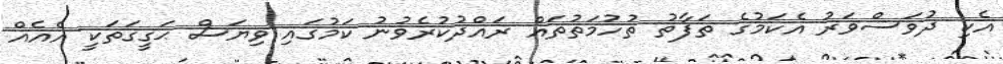
އެކި ދުވަސްވަރު އެކަމުގެ ތަފާތު ތުހުމަތުތައް ރައްދުކުރެވުނު ކަމުގައި ވިޔަސް ޙަގީގަތަކީ އެއެއް